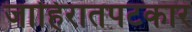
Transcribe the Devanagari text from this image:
जाहिरातपटकार